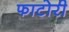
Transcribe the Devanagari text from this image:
फाटोरी